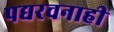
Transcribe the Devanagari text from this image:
पद्यरचनाही